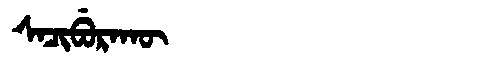
Manchu: ᠰᠠᠴᡳᠪᡠᡵᠠᡴᡡ
Romanization: SACIBURAKŪ